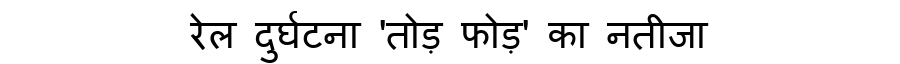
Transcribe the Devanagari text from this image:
रेल दुर्घटना 'तोड़ फोड़' का नतीजा